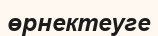
өрнектеуге